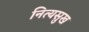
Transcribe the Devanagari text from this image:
नित्यसुख